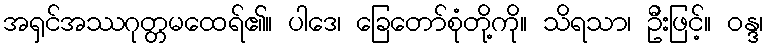
အရှင်အဿဂုတ္တမထေရ်၏။ ပါဒေ၊ ခြေတော်စုံတို့ကို။ သိရသာ၊ ဦးဖြင့်။ ဝန္ဒ၊